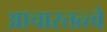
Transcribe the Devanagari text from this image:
आचारतत्त्वे